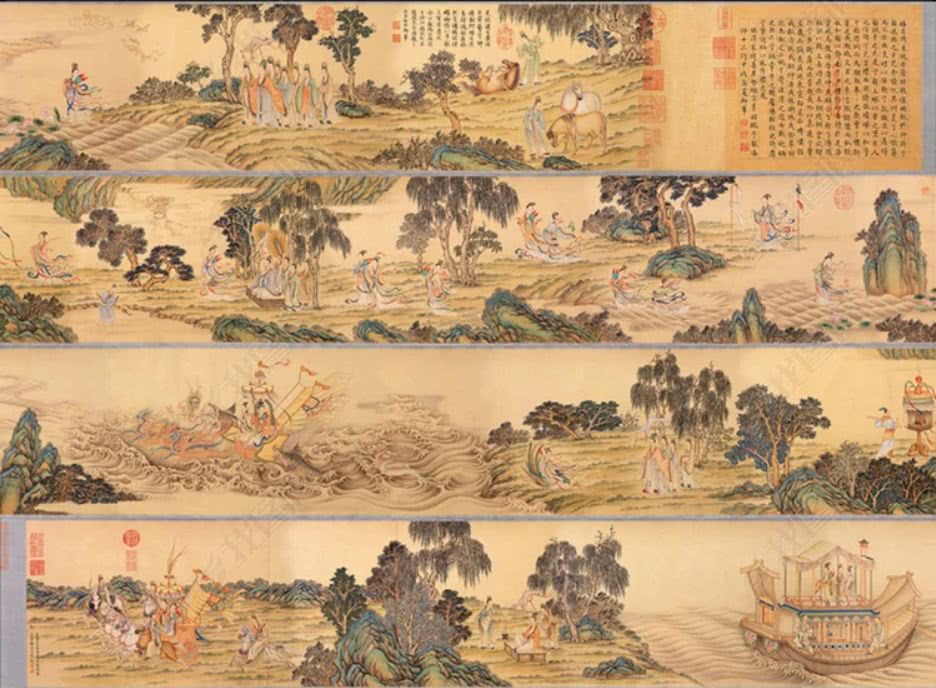
飞雪带春风，裴回乱绕空。